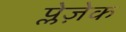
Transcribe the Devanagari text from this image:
प्लेज़ेक